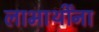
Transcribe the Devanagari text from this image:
लाभार्थींना